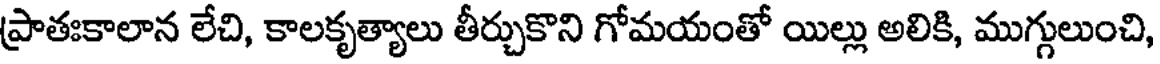
ప్రాతఃకాలాన లేచి, కాలకృత్యాలు తీర్చుకొని గోమయంతో యిల్లు అలికి, ముగ్గులుంచి,